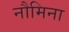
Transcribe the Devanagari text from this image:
नौमिना